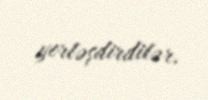
yerləşdirdilər.